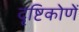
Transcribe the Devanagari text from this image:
दृष्टिकोणें